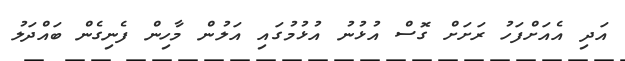
އަދި އެއަށްފަހު ރަށަށް ގޮސް އުޅުނު އުޅުމުގައި އަލުން މާހިން ފެނިގެން ބައްދަލު